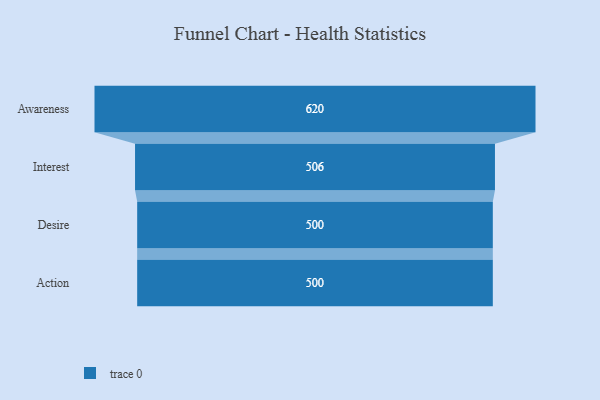
{"axis": {"x": "Stage", "y": "Value"}, "legend": [""], "data": [{"x": "Awareness", "y": 620.0, "type": ""}, {"x": "Interest", "y": 506.0, "type": ""}, {"x": "Desire", "y": 500, "type": ""}, {"x": "Action", "y": 500, "type": ""}]}